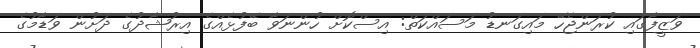
ވަޒީފާގައި ކުރަންޖެހޭ މައިގަނޑު މަސައްކަތް: އިސްކޮށް ހުންނަވާ ބޭފުޅެއްގެ އިރުޝާދުގެ ދަށުން ވަޑާމުގެ